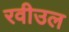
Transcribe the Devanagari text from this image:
रवीउल